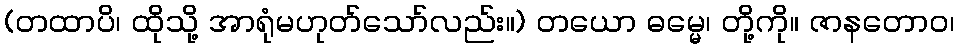
(တထာပိ၊ ထိုသို့ အာရုံမဟုတ်သော်လည်း။) တယော ဓမ္မေ၊ တို့ကို။ ဇာနတောဝ၊